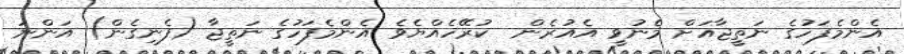
އެންމެފަހުގެ ނަތީޖާއަށް މެނުވީ އެއުރެން  ކުރޭހެއްޔެވެ އެންމެފަހުގެ ނަތީޖާ (ފެނިގެން) އަންނަ